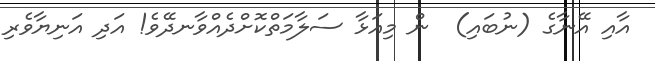
އާއި އޭނާގެ (ނުބައި)  ން މިއަޅާ ސަލާމަތްކޮށްދެއްވާނދޭވެ! އަދި އަނިޔާވެރި